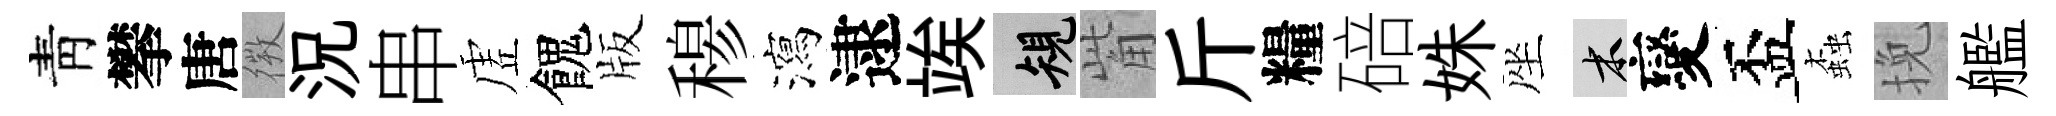
靑攀唐𢕄況串虗餽版𥠇瀉逮竢規觜斤糧碚姝座木變盃螙挽艦